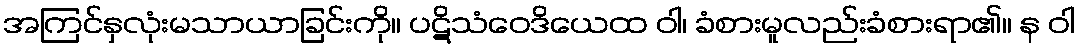
အကြင်နှလုံးမသာယာခြင်းကို။ ပဋိသံဝေဒိယေထ ဝါ၊ ခံစားမူလည်းခံစားရာ၏။ န ဝါ